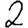
Digit: 2